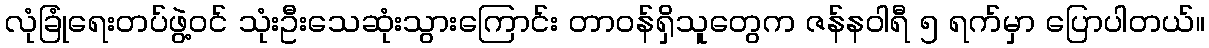
လုံခြုံရေးတပ်ဖွဲ့၀င် သုံးဦးသေဆုံးသွားကြောင်း တာ၀န်ရှိသူတွေက ဇန်နဝါရီ ၅ ရက်မှာ ပြောပါတယ်။